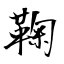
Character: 鞠